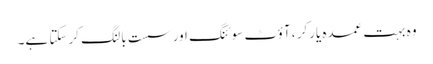
وہ بہت عمدہ یارکر ، آؤٹ سوئنگ اور سست بالنگ کرسکتا ہے۔